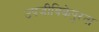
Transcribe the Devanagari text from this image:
उपजीविकेपुरता